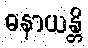
ဓနာယန္တိ